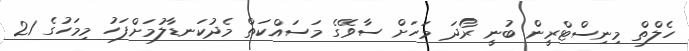
ހެލްތް މިނިސްޓްރީން ބުނީ ރޯދަ މަހަށް ސާވޭގެ މަސައްކަތް މެދުކަނޑާލުމަށްފަހު މިމަހުގެ 21